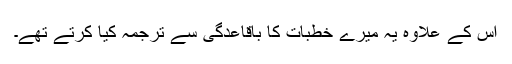
اس کے علاوہ یہ میرے خطبات کا باقاعدگی سے ترجمہ کیا کرتے تھے۔